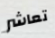
تعاشر